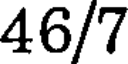
46/7